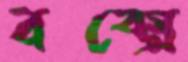
বক্সে